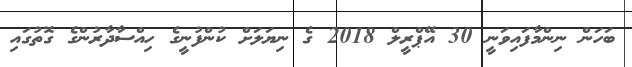
ބަހަން ނިންމާފައިވަނީ 30 އޭޕްރީލް 2018 ގެ ނިޔަލަށް ކުންފުނީގެ ހިއްސާދާރުންގެ ގޮތުގައި